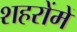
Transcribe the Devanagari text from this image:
शहरोंमें